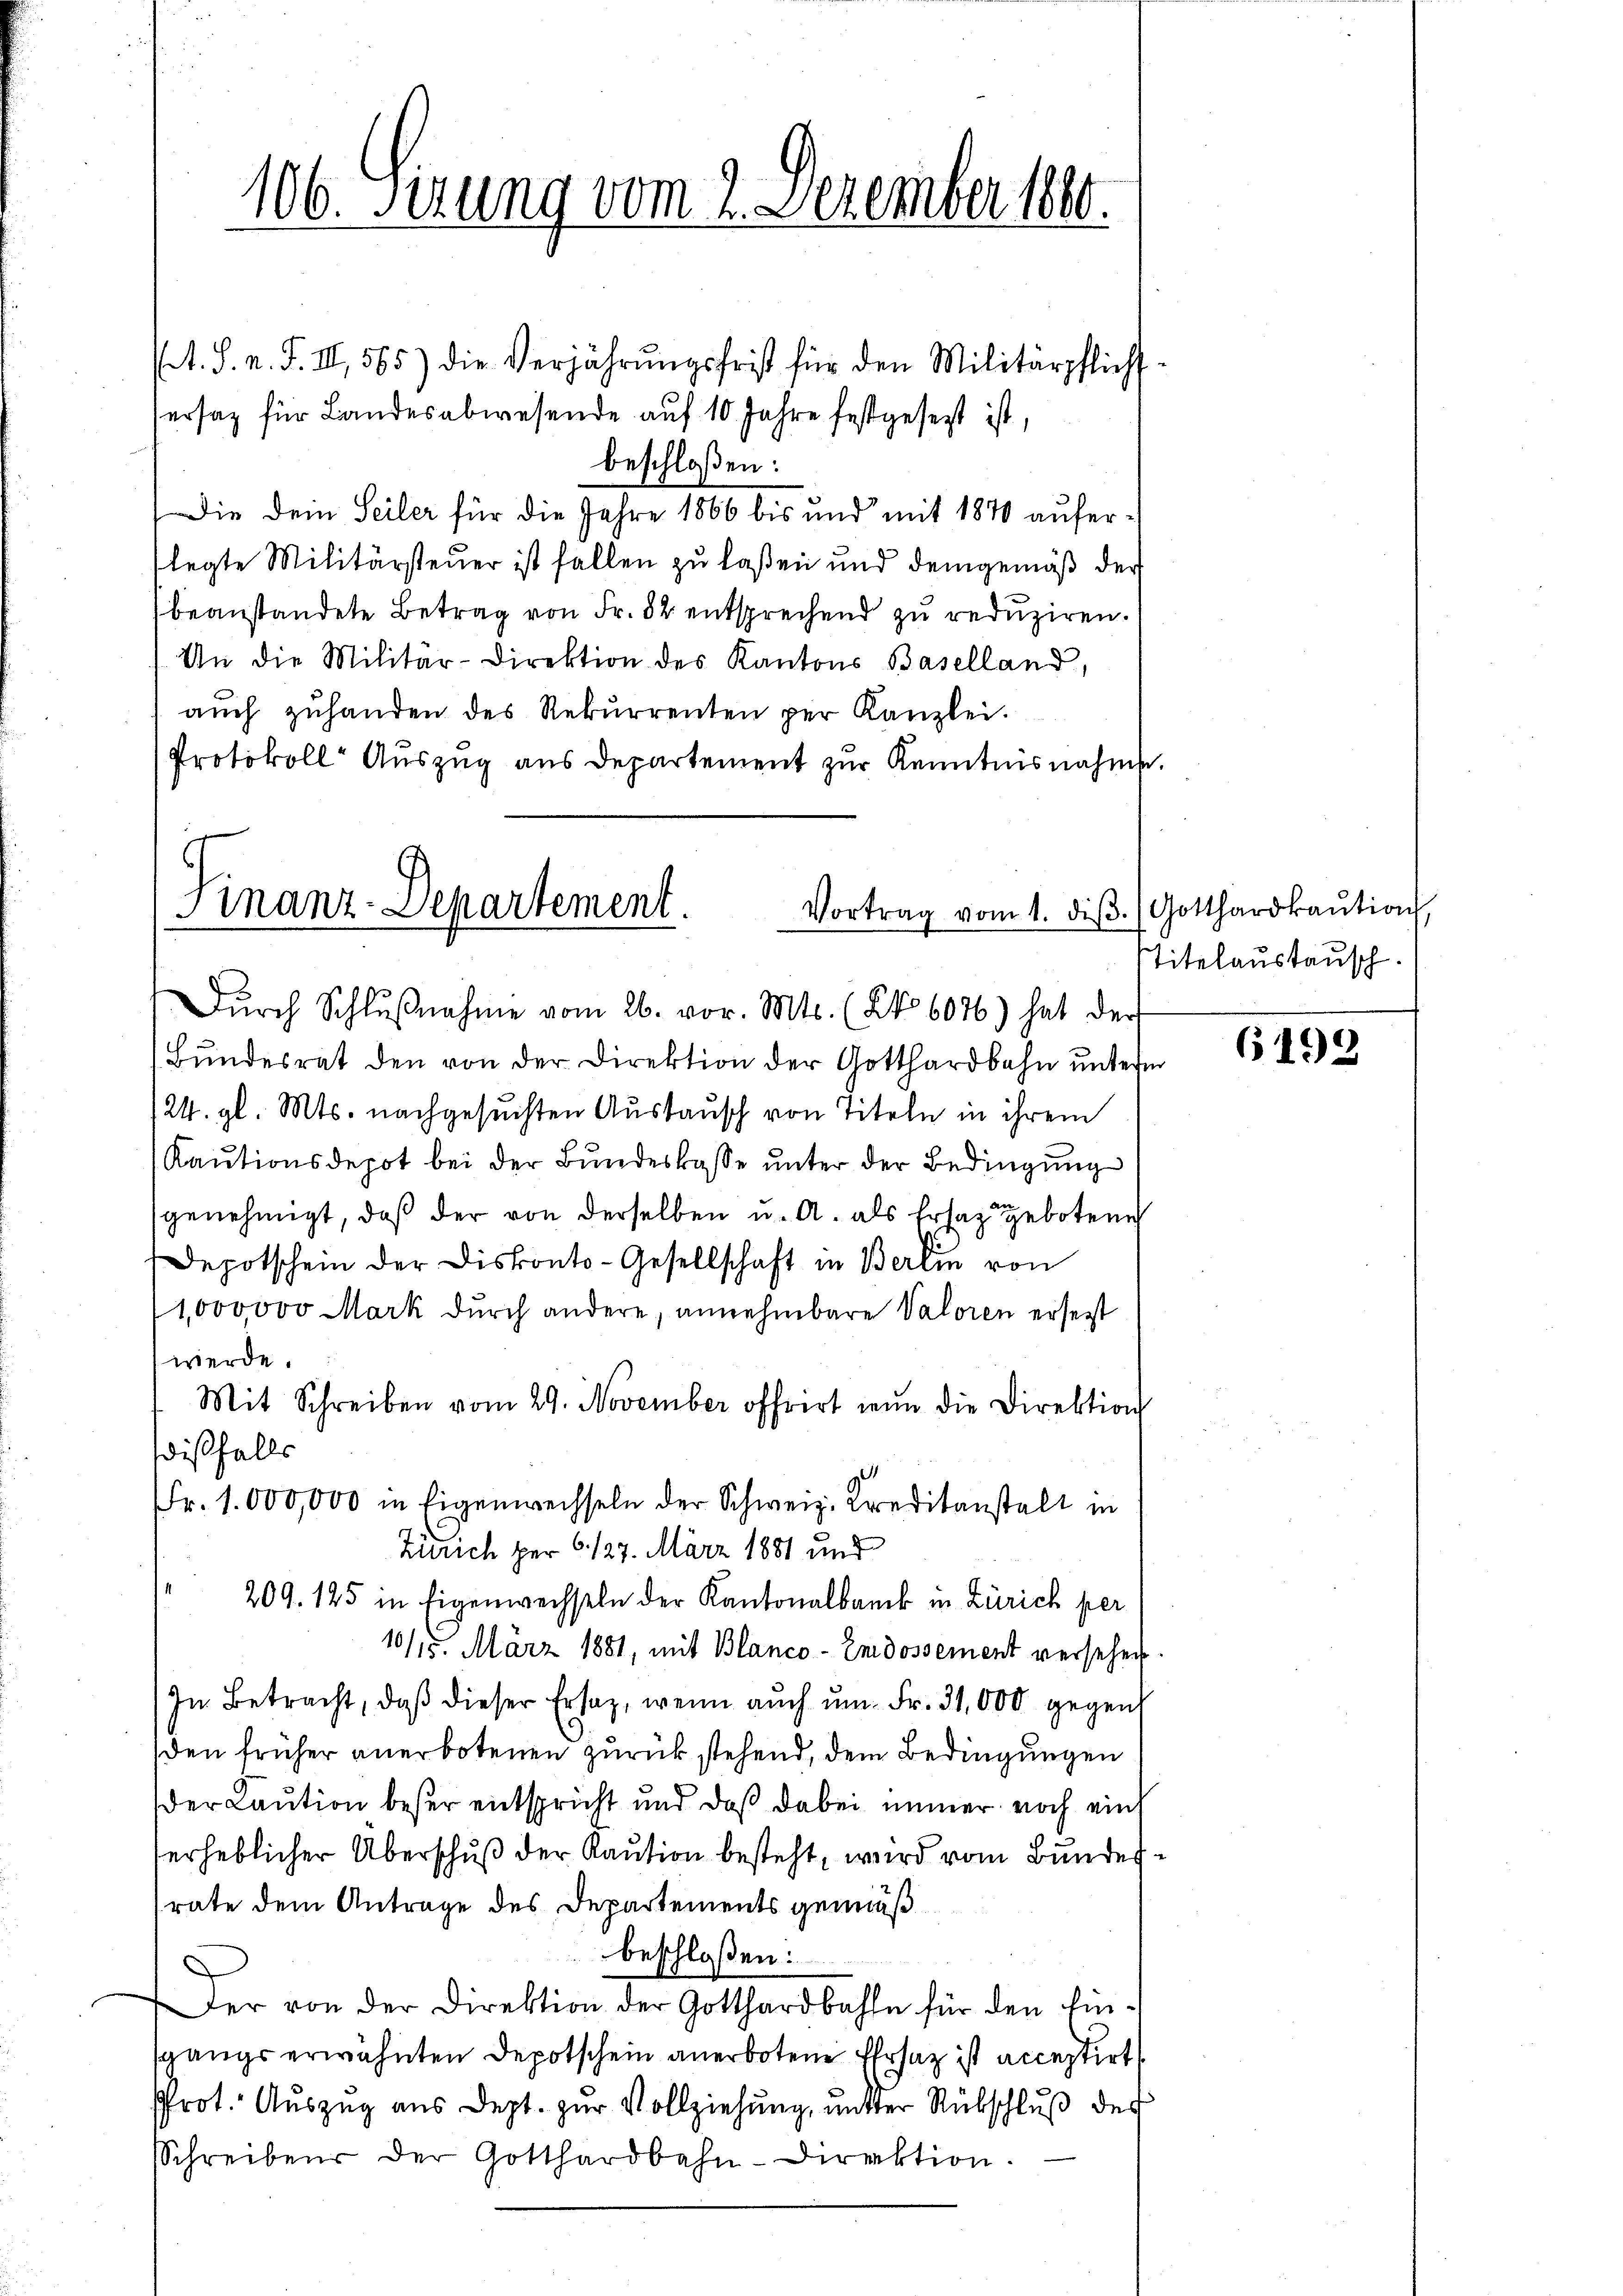
(. S. n. F. II, 565) die Verjährŭngsfrist für den Militärpflichs-
ersatz für Landesabwesende auf 10 Jahre festgesetzt ist,
beschloßen:
Die dem Seiler für die Jahre 1866 bis und mit 1870 auferlegte Militärsteuer ist fallen zu laßen und demgemäß der
beanstandete Betrag von Fr. 82 entsprechend zu reduziren.
An die Militär-Direktion des Kantons Baselland,
aŭch zŭhanden des Rekurrenten per Kanzlei.
Protokoll Auszug aus Departement zur Kenntnisnahme.

106. Sirung vom 2. Dezember 1840.

Finanz-Departement.
Vortrag vom 1. diβ. Gotthardkaŭtion
Dŭrch Schlŭβnahme vom 26. vor. Mts. (No 6076) hat der

Bundesrat den von der Direktion der Gotthardbahn unterm
124. gl. Mts. nachgesuchten Austausch von Titeln in ihrem
Kautionsdepot bei der Bundeskasse unter der Bedingung
genehmigt, daß der von derselben u. A. als Ersatz geboten
Depotschein der Diskonto-Gesellschaft in Berein von
1,000,000 Mark durch andere, annehmbare Valoren ersetzt
werde.
Mit Schreiben vom 29. November offrirt nŭn die Direktion
dißfalls
Fr. 1 000,000 in Eigenwechseln der Schweiz. Kreditanstalt in
Zürich per 6. 127. März 1881 und
209. 125 in Eigenwechseln der Kantonalbank in Zürich per
10/15. März 1881, mit Blanco-Endossement versehen
In Betracht, daß dieser Ersatz, wenn auch um Fr. 31,000 gegen
den früher anerbotenen zurück stehend, dem Bedingungen
der Laution beser entspricht und daß dabei immer noch einh
erheblicher Überschuß der Kaution besteht, wird vom Bunde
rate dem Antrage des Departements gemäß
beschloßen:
Der von der Direktion der Gotthardbahn für den Ein-
sgangs erwähnten Depotschein anerbotene Ersatz ist acceptirt
Prot. Auszug aus Dept. zur Vollziehung, mitter Rübschluß der
Schreibens der Gotthardbahn-Direktion.

Titelanstausch.

6198